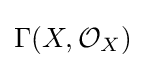
\Gamma (X,{\mathcal {O}}_{X})